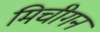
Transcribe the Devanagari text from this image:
मिचीगन